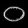
Digit: ၀